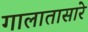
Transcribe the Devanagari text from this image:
गालातासारे